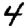
Digit: 4